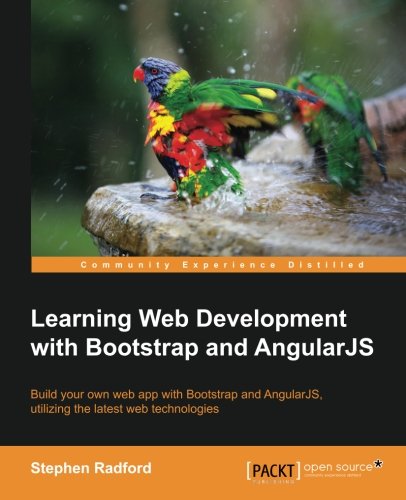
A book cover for Learning Web Development with Bootstrap and Angular; Stephen Radford; Computers & Technology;